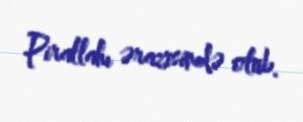
Pirallahı ərazisində olub.